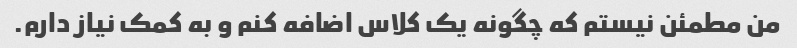
من مطمئن نیستم که چگونه یک کلاس اضافه کنم و به کمک نیاز دارم.